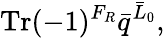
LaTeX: \mathrm{Tr}(-1)^{F_{R}}{\bar{q}}^{{\bar{L}}_{0}},